Leaving Certificate Examination, 1909
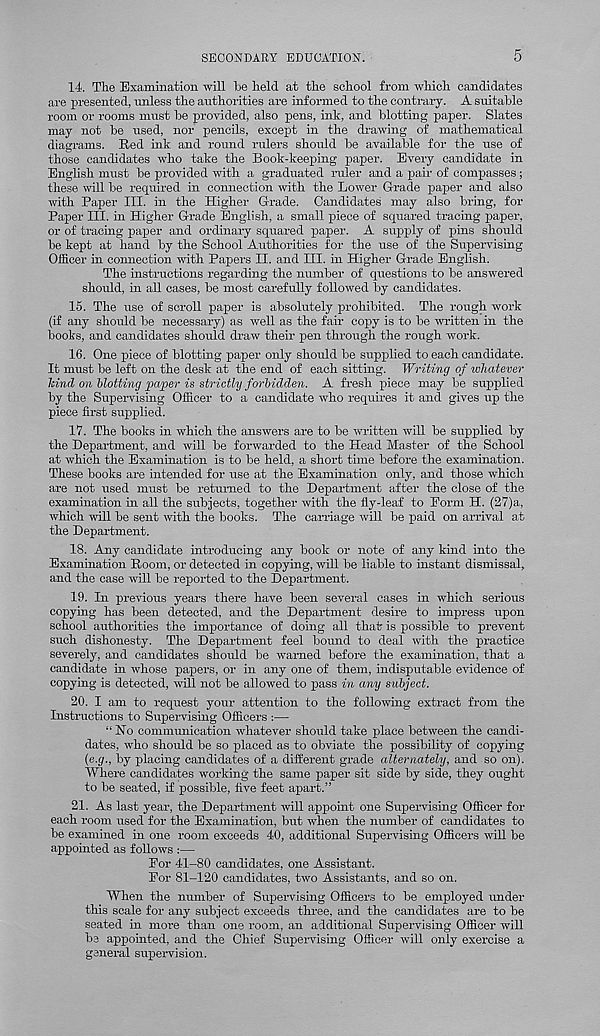
SECONDARY EDUCATION.
5
14. The Examination will he held at the school from which candidates
are presented, unless the authorities are informed to the contrary. A suitable
room or rooms must he provided, also pens, ink, and blotting paper. Slates
may not be used, nor pencils, except in the drawing of mathematical
diagrams. Red ink and round rulers should be available for the use of
those candidates who take the Book-keeping paper. Every candidate in
English must be provided with a graduated ruler and a jrair of compasses;
these will be required in connection with the Lower Grade paper and also
with Paper III. in the Higher Grade. Candidates may also bring, for
Paper III. in Higher Grade English, a small piece of squared tracing paper,
or of tracing paper and ordinary squared paper. A supply of pins should
be kept at hand by the School Authorities for the use of the Supervising
Officer in comiection with Papers II. and III. in Higher Grade English.
The instructions regarding the number of questions to be answered
should, in all cases, be most carefully followed by candidates.
15. The use of scroll paper is absolutely prohibited. The rough work
(if any should be necessary) as well as the fair copy is to be written in the
books, and candidates should draw their pen through the rough work.
16. One piece of blotting paper only should be supidied to each candidate.
It must be left on the desk at the end of each sitting. Writing of whatever
hind on blotting paper is strictly forbidden. A fresh piece may be supplied
by the Supervising Officer to a candidate who requires it and gives up the
piece first supplied.
17. The books in which the answers are to be written will be supplied by
the Department, and will be forwarded to the Head Master of the School
at which the Examination is to be held, a short time before the examination.
These books are intended for use at the Examination only, and those which
are not used must be returned to the Department after the close of the
exammation in all the subjects, together with the fly-leaf to Form H. (27)a,
which will be sent with the books. The carriage will be paid on arrival at
the Department.
18. Any candidate introducing any book or note of any kind into the
Examination Room, or detected in copying, will be liable to instant dismissal,
and the case will be reported to the Department.
19. In previous years there have been several cases in which serious
copying has been detected, and the Department desire to impress upon
school authorities the importance of doing all that is possible to prevent
such dishonesty. The Department feel bound to deal with the practice
severely, and candidates should be warned before the examination, that a
candidate in whose papers, or in any one of them, indisputable evidence of
copying is detected, will not be allowed to pass in any subject.
20. I am to request your attention to the following extract from the
Instructions to Supervising Officers :—
“ No communication whatever should take place between the candi-
dates, who should be so placed as to obviate the possibility of copying
(<;.</., by placing candidates of a different grade alternately, and so on).
Where candidates working the same paper sit side by side, they ought
to be seated, if possible, five feet apart.”
21. As last year, the Department will appoint one Supervising Officer for
each room used for the Examination, but when the number of candidates to
be examined in one room exceeds 40, additional Supervising Officers will be
appointed as follows :—
Eor 41-80 candidates, one Assistant.
For 81-120 candidates, two Assistants, and so on.
When the number of Supervising Officers to be employed under
this scale for any subject exceeds three, and the candidates are to be
seated in more than one room, an additional Supervising Officer will
be appointed, and the Chief Supervising Officer will only exercise a
general supervision.